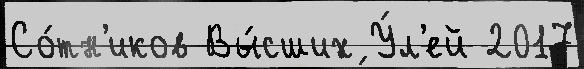
Со́тн'иков Вы́сших У́л'ей 2017